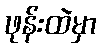
ဖုန်းထဲမှာ